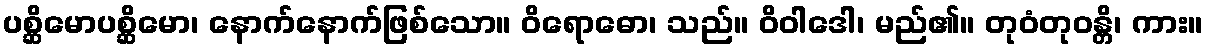
ပစ္ဆိမောပစ္ဆိမော၊ နောက်နောက်ဖြစ်သော။ ဝိရောဓော၊ သည်။ ဝိဝါဒေါ၊ မည်၏။ တုဝံတုဝန္တိ၊ ကား။